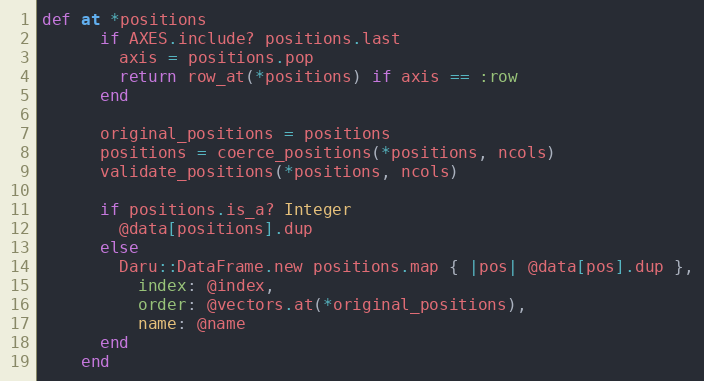
Language: Ruby
def at *positions
      if AXES.include? positions.last
        axis = positions.pop
        return row_at(*positions) if axis == :row
      end

      original_positions = positions
      positions = coerce_positions(*positions, ncols)
      validate_positions(*positions, ncols)

      if positions.is_a? Integer
        @data[positions].dup
      else
        Daru::DataFrame.new positions.map { |pos| @data[pos].dup },
          index: @index,
          order: @vectors.at(*original_positions),
          name: @name
      end
    end